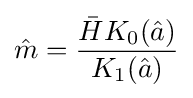
{\hat {m}}={\frac {{\bar {H}}K_{0}({\hat {a}})}{K_{1}({\hat {a}})}}